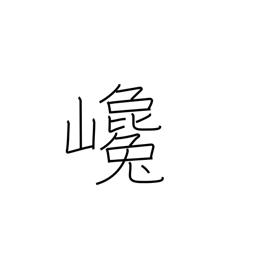
Meaning: rising steeply